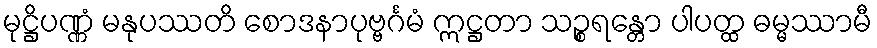
မုဋ္ဌိပဏ္ဏံ မနုပဿတိ စောဒနာပုဗ္ဗင်္ဂမံ ဣဋ္ဌတာ သဉ္စရန္တော ပါပတ္ထ ဓမ္မဿာမီ